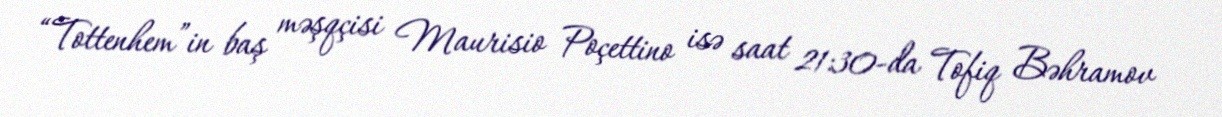
“Tottenhem”in baş məşqçisi Maurisio Poçettino isə saat 21:30-da Tofiq Bəhramov